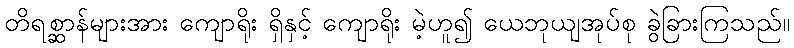
တိရစ္ဆာန်များအား ကျောရိုး ရှိနှင့် ကျောရိုး မဲ့ဟူ၍ ယေဘုယျအုပ်စု ခွဲခြားကြသည်။